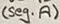
Text: (seg. A)